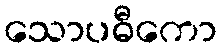
သောပဓီကော